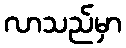
လာသည်မှာ